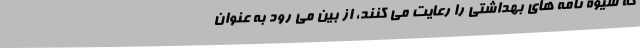
که شیوه نامه های بهداشتی را رعایت می کنند، از بین می رود به عنوان